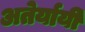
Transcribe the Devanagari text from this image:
अतेर्यायी